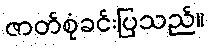
ဇာတ်စုံခင်းပြသည်။